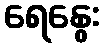
ရေနွေး